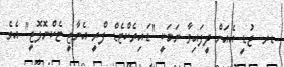
ޑރ. ޖުޑީ އެއަށް ދީފައިވާ ނަމަކީ "ޑައިރެކްޓެޑް ފްރީ އެނާޖީ ޓެކްނޮލޮޖީ" އެވެ.